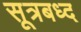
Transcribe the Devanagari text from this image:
सूत्रबध्द